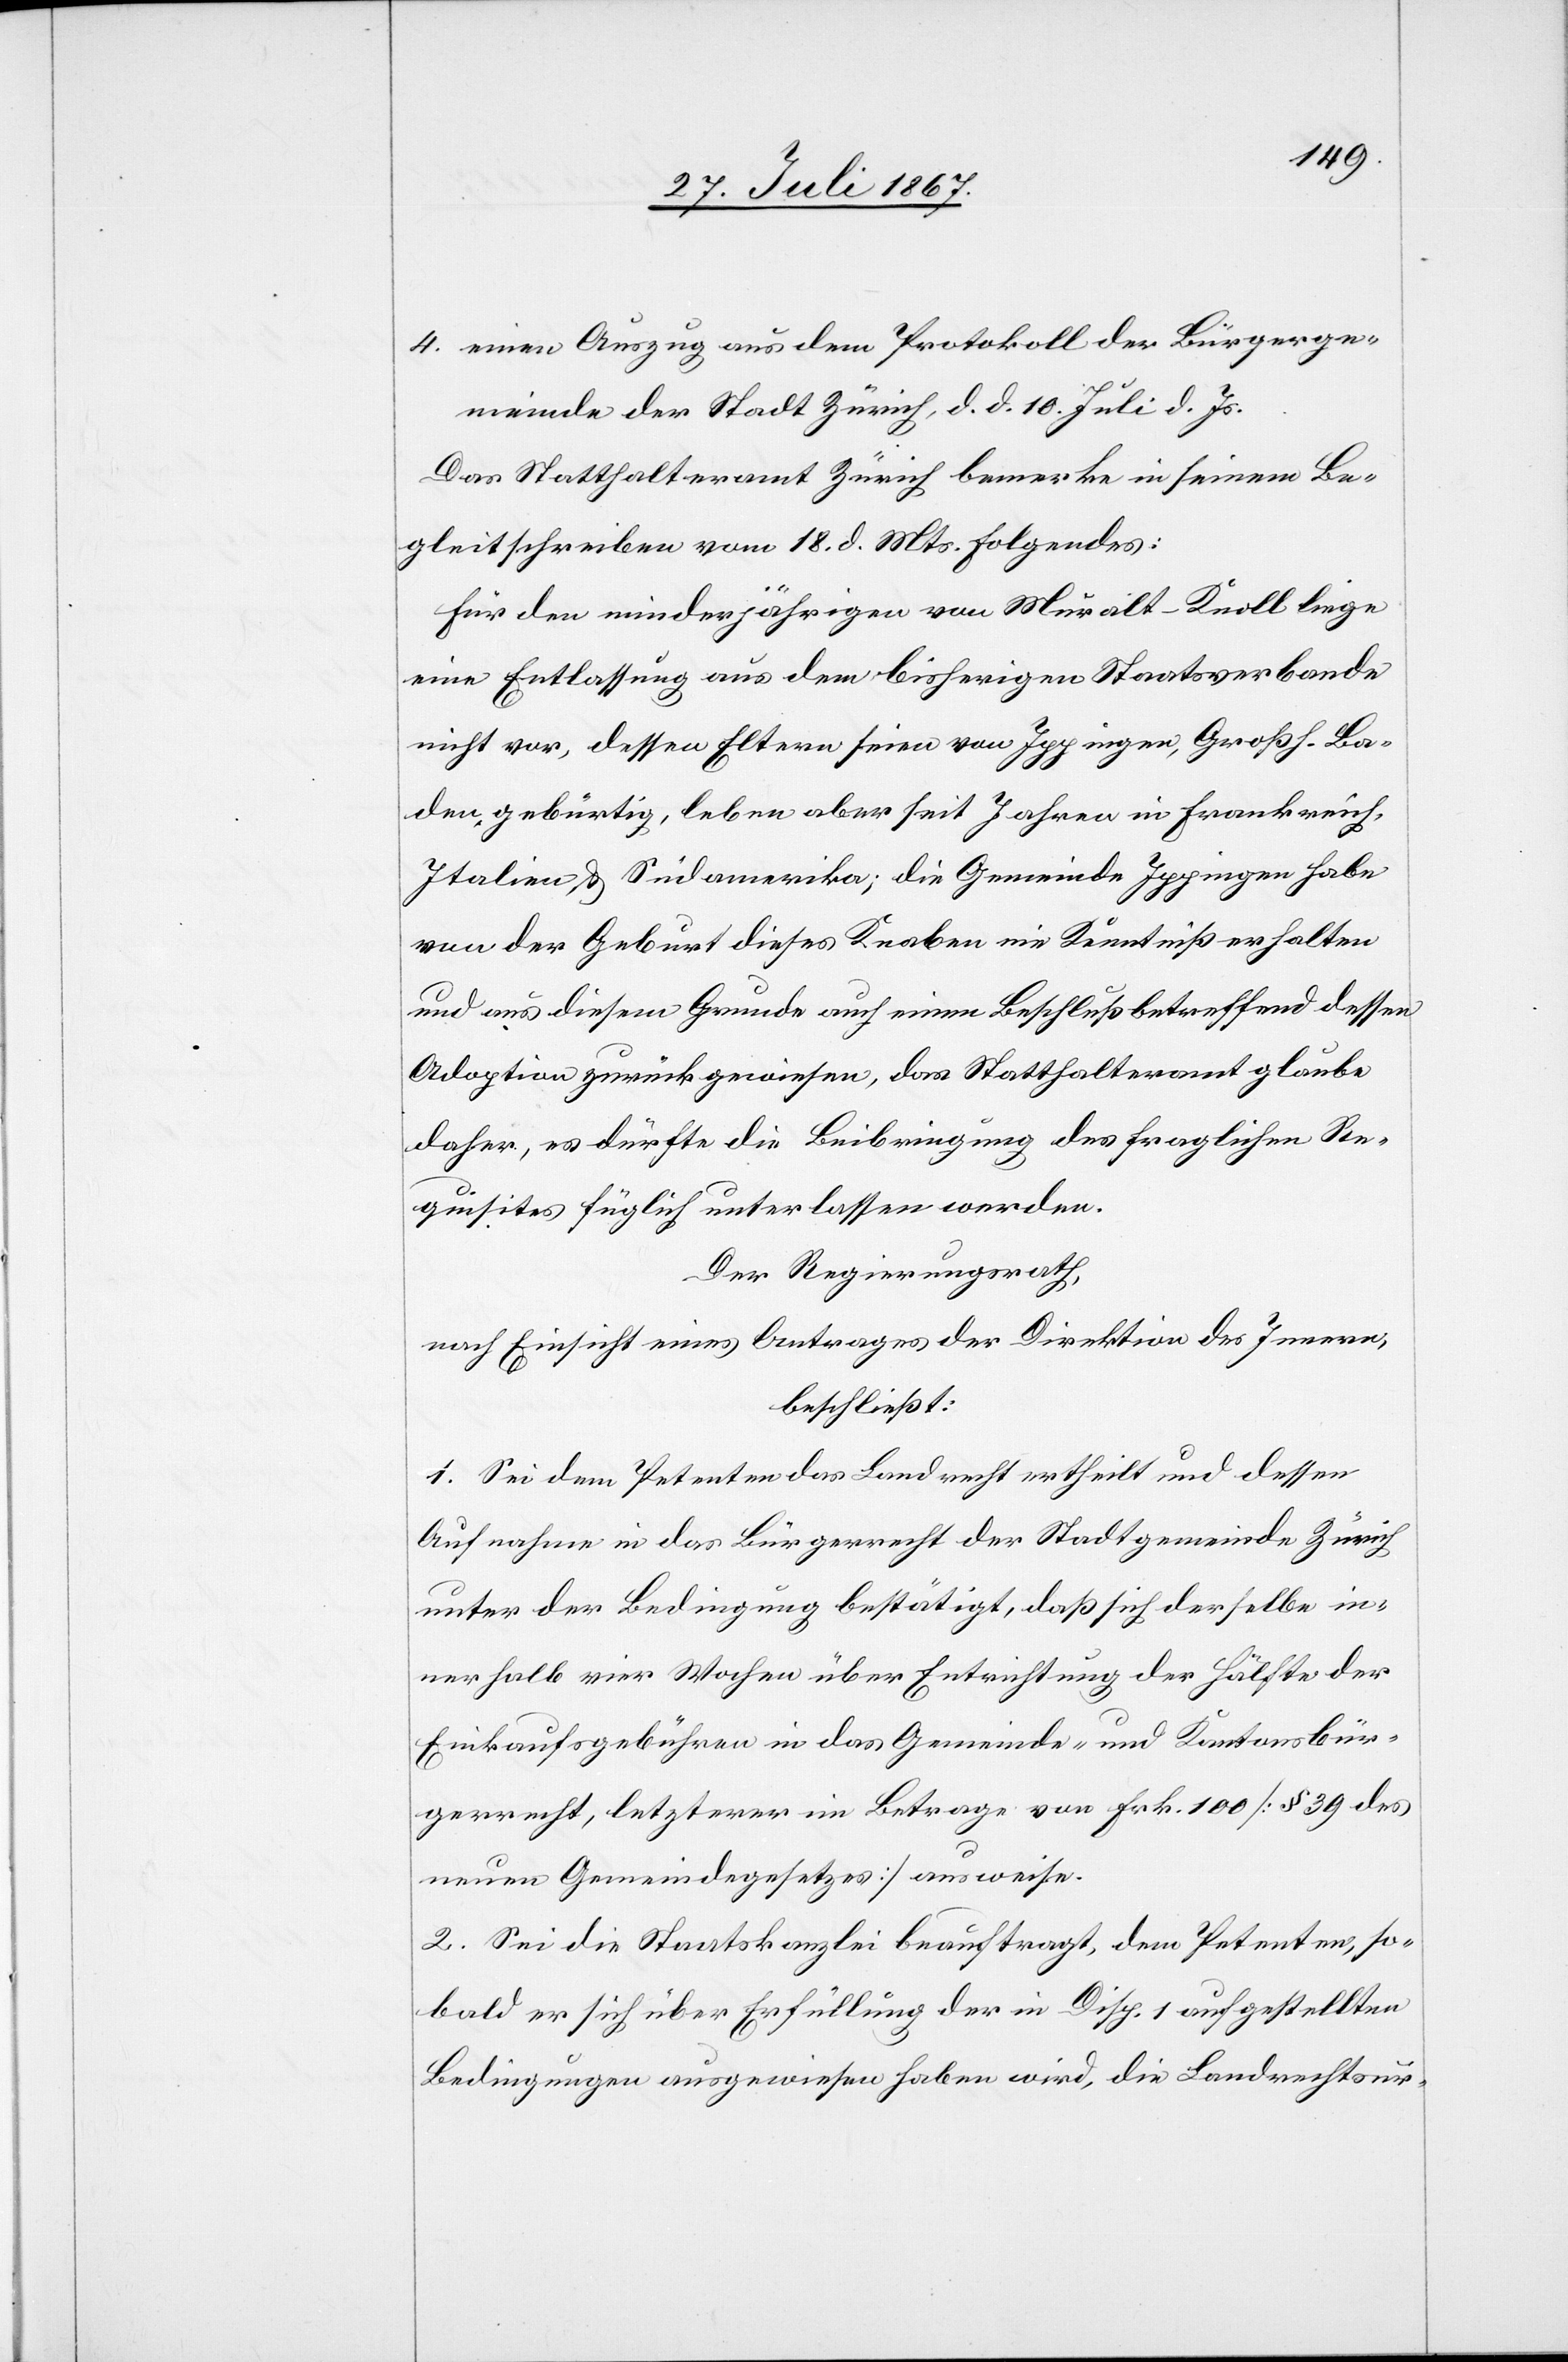
4. einen Auszug aus dem Protokoll der Bürgerge¬
meinde der Stadt Zürich, d. d. 10. Juli d. Js.
Das Statthalteramt Zürich bemerkt in seinem Be¬
gleitschreiben vom 18. d. Mts. folgendes:
Für den minderjährigen von Muralt-Knoll liege
eine Entlassung aus dem bisherigen Staatsverbande
nicht vor, dessen Eltern seien von Ippingen, Großh. Ba¬
den gebürtig, leben aber seit Jahren in Frankreich,
Italien u. Südamerika; die Gemeinde Ippingen habe
von der Geburt dieses Knaben nie Kenntniß erhalten
und aus diesem Grunde auch einen Beschluß betreffend dessen
Adoption zurückgewiesen, das Statthalteramt glaube
daher, es dürfte die Beibringung des fraglichen Re¬
quisites füglich unterlassen werden.
Der Regierungsrath,
nach Einsicht eines Antrages der Direktion des Innern,
beschließt:
1. Sei dem Petenten das Landrecht ertheilt und dessen
Aufnahme in das Bürgerrecht der Stadtgemeinde Zürich
unter der Bedingung bestätigt, daß sich derselbe in¬
nerhalb vier Wochen über Entrichtung der Hälfte der
Einkaufsgebühren in das Gemeinde- und Kantonsbür¬
gerrecht, letzterer im Betrage von Frk. 100 [§ 39 des
neuen Gemeindegesetzes] ausweise.
2. Sei die Staatskanzlei beauftragt, dem Petenten, so¬
bald er sich über Erfüllung der in Disp. 1 aufgestellten
Bedingungen ausgewiesen haben wird, die Landrechtsur-